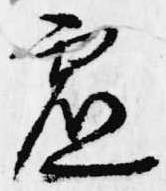
虚